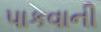
પાકવાની